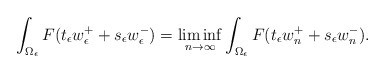
\begin{align*}\int_{\Omega_\epsilon} F(t_\epsilon w_\epsilon^+ + s_\epsilon w_\epsilon^-) = \liminf_{n \to \infty} \int_{\Omega_\epsilon} F(t_\epsilon w_n^+ + s_\epsilon w_n^-).\end{align*}